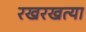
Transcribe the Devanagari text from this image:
रखरखत्या